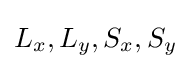
L_{x},L_{y},S_{x},S_{y}